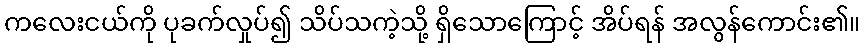
ကလေးငယ်ကို ပုခက်လှုပ်၍ သိပ်သကဲ့သို့ ရှိသောကြောင့် အိပ်ရန် အလွန်ကောင်း၏။